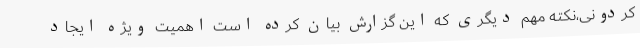
کردونی،نکته مهم دیگری که این گزارش بیان کرده است اهمیت ویژه ایجاد